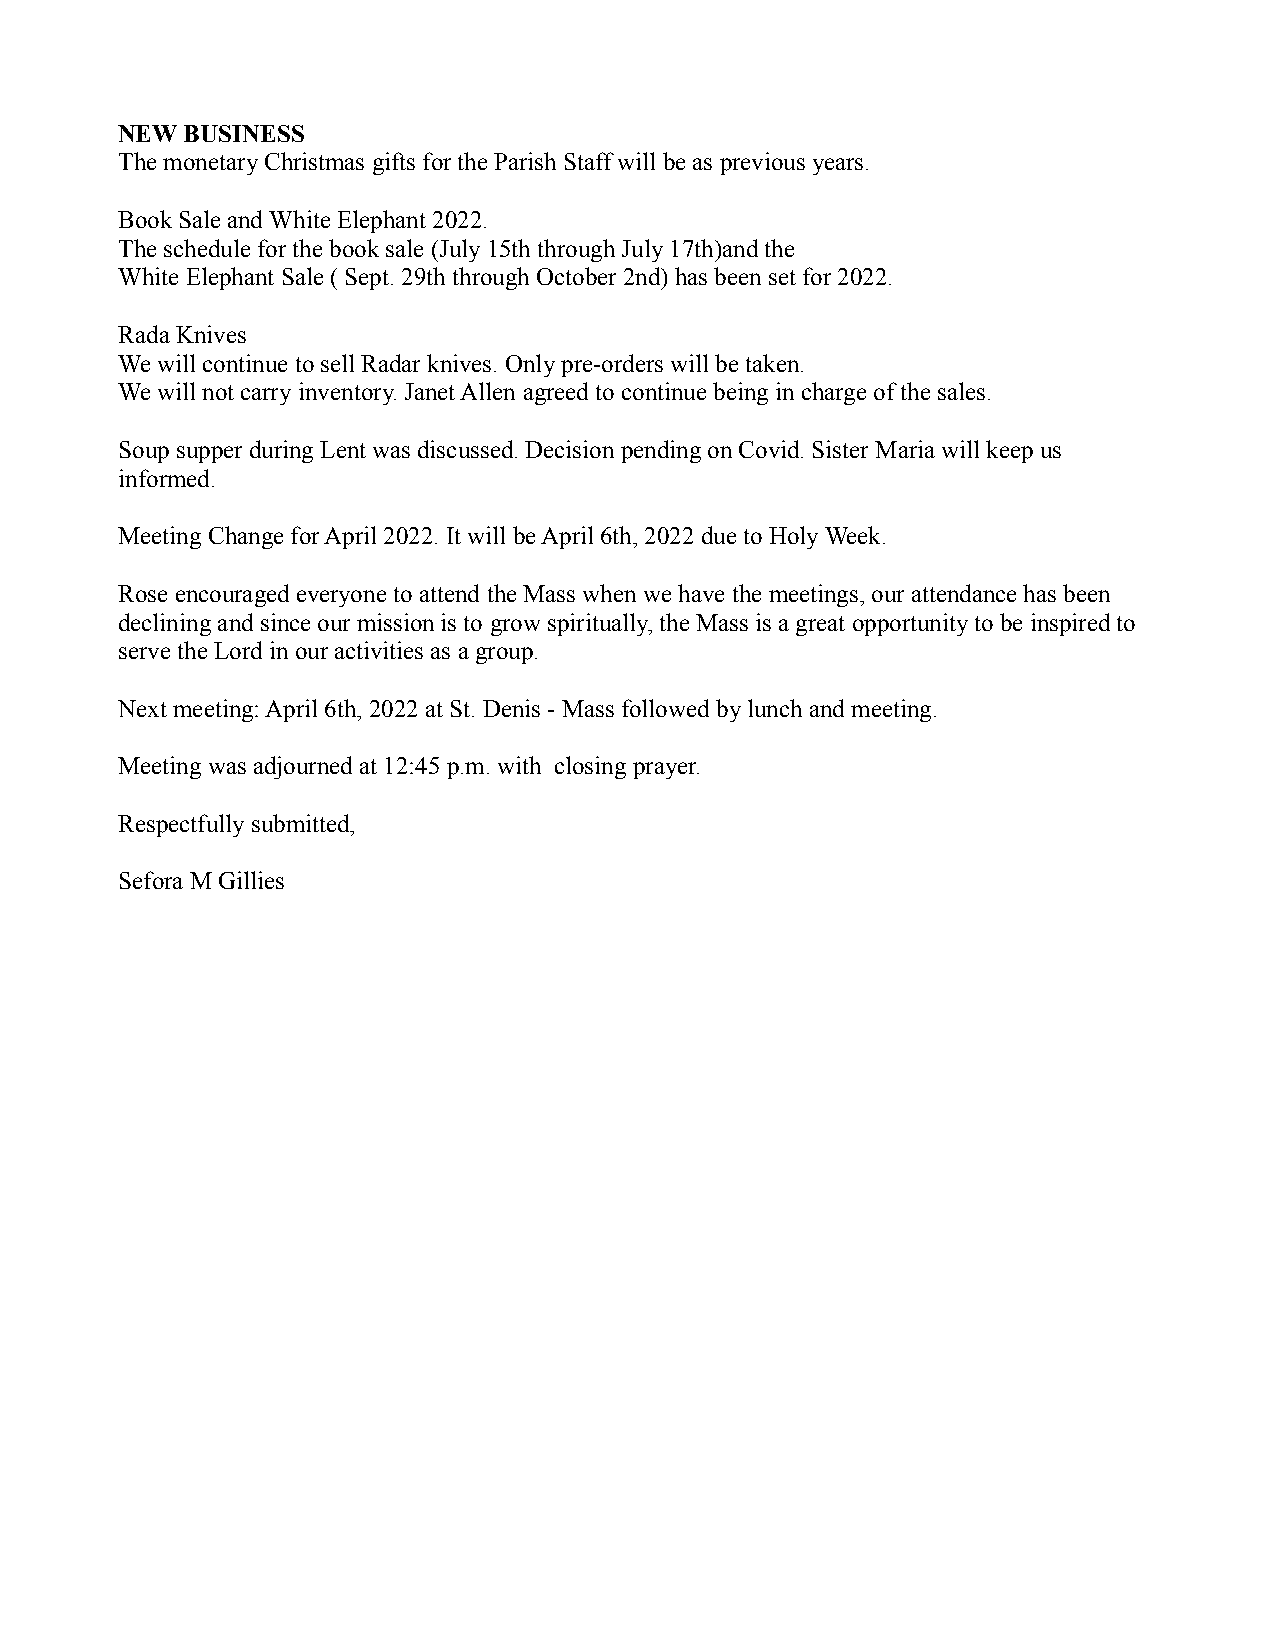
NEW BUSINESS
 The monetary Christmas gifts for the Parish Staff will be as previous years.
 Book Sale and White Elephant 2022.
 The schedule for the book sale (July 15th through July 17th)and the
 White Elephant Sale ( Sept. 29th through October 2nd) has been set for 2022.
 Rada Knives
 We will continue to sell Radar knives. Only pre-orders will be taken.
 We will not carry inventory. Janet Allen agreed to continue being in charge of the sales.
 Soup supper during Lent was discussed. Decision pending on Covid. Sister Maria will keep us
 informed.
 Meeting Change for April 2022. It will be April 6th, 2022 due to Holy Week.
 Rose encouraged everyone to attend the Mass when we have the meetings, our attendance has been
 declining and since our mission is to grow spiritually, the Mass is a great opportunity to be inspired to
 serve the Lord in our activities as a group.
 Next meeting: April 6th, 2022 at St. Denis - Mass followed by lunch and meeting.
 Meeting was adjourned at 12:45 p.m. with closing prayer.
 Respectfully submitted,
 Sefora M Gillies